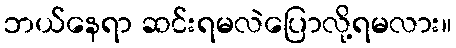
ဘယ်နေရာ ဆင်းရမလဲပြောလို့ရမလား။